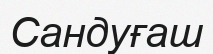
Сандуғаш